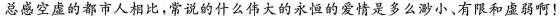
总感空虚的都市人相比，常说的什么伟大的永恒的爱情是多么渺小、有限和虚弱啊!